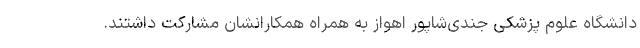
دانشگاه علوم پزشکی جندی‌شاپور اهواز به همراه همکارانشان مشارکت داشتند.